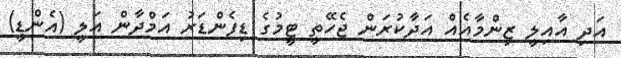
އަދި އާއިލީ ޒިންމާއެއް އަދާކުރަން ޖެހޭތީ ޓީމުގެ ޑިފެންޑަރު އަމްދާން އަލީ (އެންޑީ)